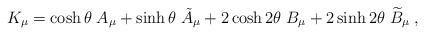
LaTeX: \begin{align*}K_\mu =\cosh \theta \;A_\mu +\sinh \theta \;\tilde A_\mu +2\cosh2\theta \;B_\mu +2\sinh 2\theta \;\widetilde B_\mu \;,\end{align*}